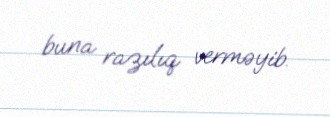
buna razılıq verməyib.